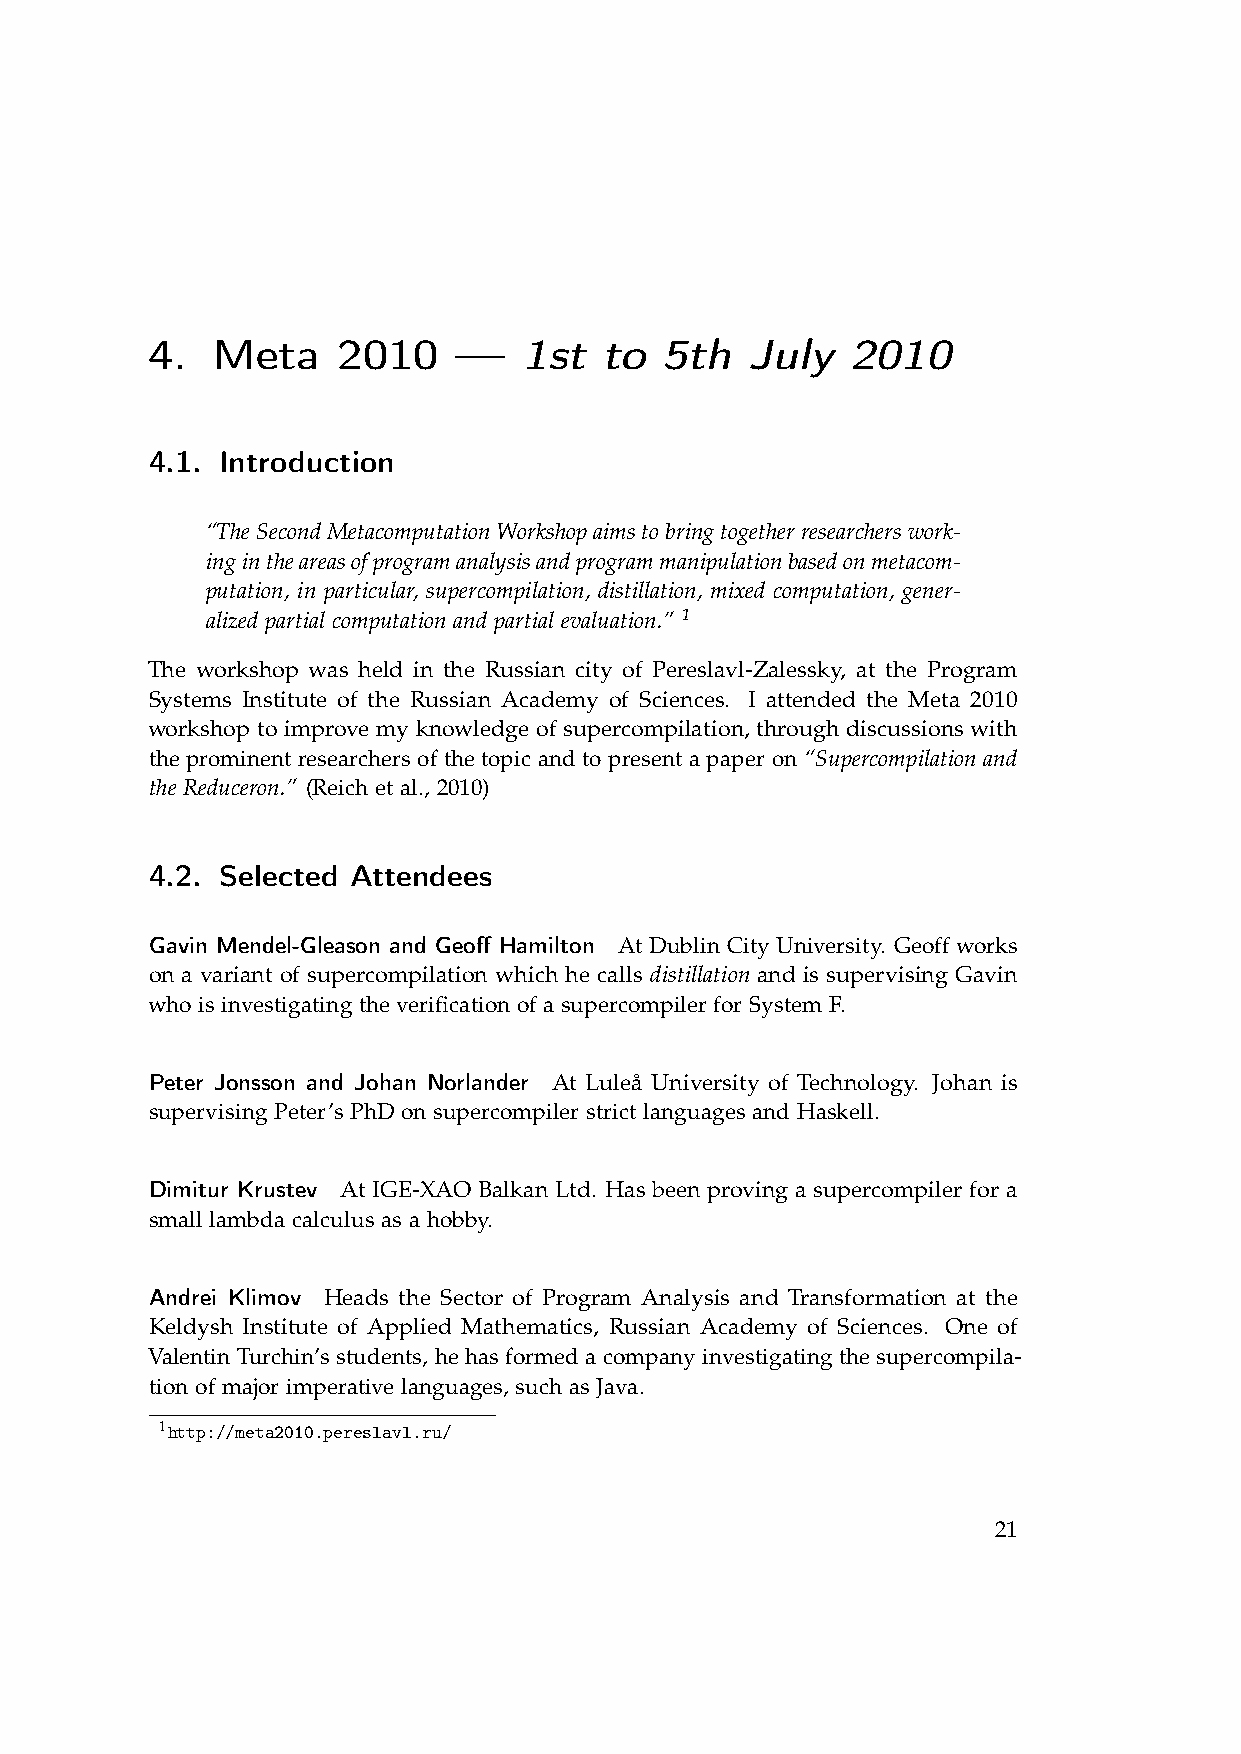
4.  Meta    2010    —    1st  to  5th   July  2010
 4.1. Introduction
 “TheSecondMetacomputationWorkshopaimstobringtogetherresearcherswork-
 ingintheareasofprogramanalysisandprogrammanipulationbasedonmetacom-
 putation, in particular, supercompilation, distillation, mixed computation, gener-
 alized partial computation and partial evaluation.” 1
 The workshop was held in the Russian city of Pereslavl-Zalessky, at the Program
 Systems Institute of the Russian Academy of Sciences. I attended the Meta 2010
 workshop to improve my knowledge of supercompilation, through discussions with
 the prominent researchers of the topic and to present a paper on “Supercompilation and
 the Reduceron.” (Reich et al., 2010)
 4.2. Selected Attendees
 Gavin Mendel-Gleason and Geoff Hamilton At Dublin City University. Geoff works
 on a variant of supercompilation which he calls distillation and is supervising Gavin
 who is investigating the verification of a supercompiler for System F.
 Peter Jonsson and Johan Norlander At Luleå University of Technology. Johan is
 supervising Peter’s PhD on supercompiler strict languages and Haskell.
 Dimitur Krustev At IGE-XAO Balkan Ltd. Has been proving a supercompiler for a
 small lambda calculus as a hobby.
 Andrei Klimov Heads the Sector of Program Analysis and Transformation at the
 Keldysh Institute of Applied Mathematics, Russian Academy of Sciences. One of
 Valentin Turchin’s students, he has formed a company investigating the supercompila-
 tion of major imperative languages, such as Java.
 1http://meta2010.pereslavl.ru/
 21